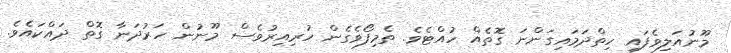
މޫނުއަލިވެފައި ހިތްދަމައިގަންނަ ގޮތެއް ހުއްޓެވެ. ތެމިފޯވެގެން ހުރިއިރުވެސް މޫނުން ހަރުދަނާ ގޮތް ދައްކައެވެ.